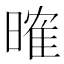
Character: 𣉒